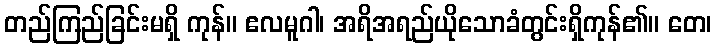
တည်ကြည်ခြင်းမရှိ ကုန်။ ဧလမူဂါ၊ အရိအရည်ယိုသောခံတွင်းရှိကုန်၏။ တေ၊